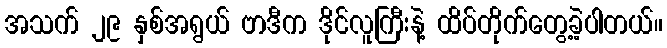
အသက် ၂၉ နှစ်အရွယ် ဗာဒီက ဒိုင်လူကြီးနဲ့ ထိပ်တိုက်တွေ့ခဲ့ပါတယ်။